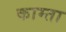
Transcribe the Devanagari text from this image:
काम्ता